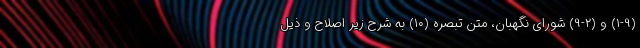
(۱-۹) و (۲-۹) شورای نگهبان، متن تبصره (۱۰) به شرح زیر اصلاح و ذیل